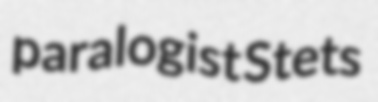
paralogist Stets